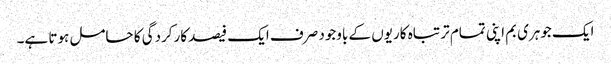
ایک جوہری بم اپنی تمام تر تباہ کاریوں کے باوجود صرف ایک فیصد کارکردگی کا حامل ہوتا ہے۔